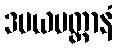
ဒမယမတ္တာနံ